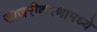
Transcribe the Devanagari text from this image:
साजरीकरणामध्ये